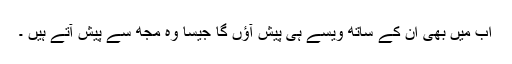
اب میں بھی ان کے ساتھ ویسے ہی پیش آؤں گا جیسا وہ مجھ سے پیش آتے ہیں ۔